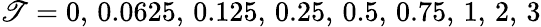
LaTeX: \mathscr{T}=0,\, 0.0625,\, 0.125,\, 0.25,\, 0.5,\, 0.75,\, 1,\, 2,\, 3